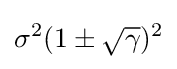
\sigma ^{2}(1\pm {\sqrt {\gamma }})^{2}